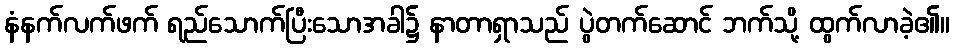
နံနက်လက်ဖက် ရည်သောက်ပြီးသောအခါ၌ နာတာရှာသည် ပွဲတက်ဆောင် ဘက်သို့ ထွက်လာခဲ့၏။